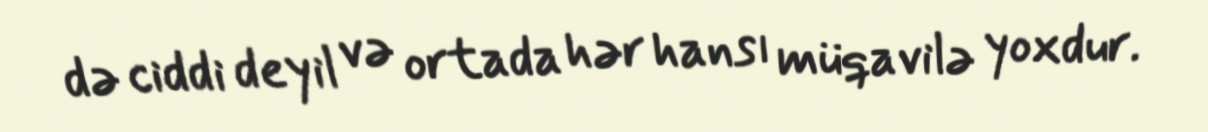
də ciddi deyil və ortada hər hansı müqavilə yoxdur.